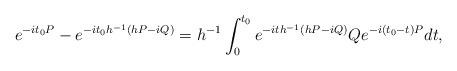
LaTeX: \begin{align*} e^{-it_0P}- e^{-it_0h^{-1}(hP-iQ)}=h^{-1}\int_0^{t_0}e^{-ith^{-1}(hP-iQ)}Qe^{-i(t_0-t)P}dt,\end{align*}